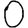
Digit: 0